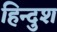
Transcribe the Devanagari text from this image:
हिन्दुश